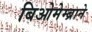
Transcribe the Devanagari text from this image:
बिओमेम्ब्राने